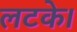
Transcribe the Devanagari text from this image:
लटके।